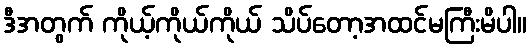
ဒီအတွက် ကိုယ့်ကိုယ်ကိုယ် သိပ်တော့အထင်မကြီးမိပါ။